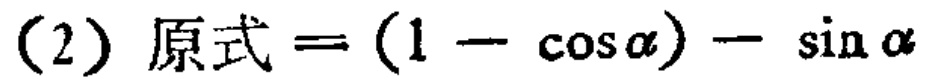
(2) 原式\(=(1 - \cos\alpha) - \sin\alpha\)